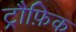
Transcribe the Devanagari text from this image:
ट्रौफ़िक